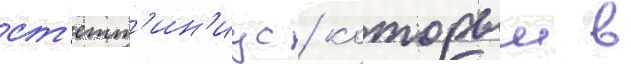
ст'етт'ин'иус / которыи в